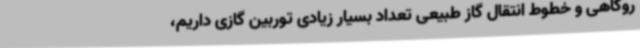
روگاهی و خطوط انتقال گاز طبیعی تعداد بسیار زیادی توربین گازی داریم،